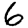
Digit: 6